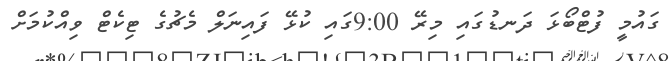
ގައުމީ ފުޓްބޯޅަ ދަނޑުގައި މިރޭ 9:00ގައި ކުޅޭ ފައިނަލް މެޗުގެ ޓިކެޓް ވިއްކުމަށް